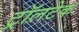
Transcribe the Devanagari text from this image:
ट्रॉलटेक